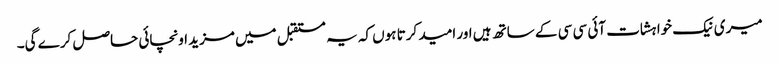
میری نیک خواہشات آئی سی سی کے ساتھ ہیں اور امید کرتا ہوں کہ یہ مستقبل میں مزید اونچائی حاصل کرے گی۔